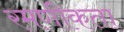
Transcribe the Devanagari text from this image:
रमणीकता